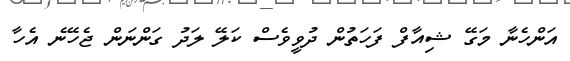
އަންހެނާ މަގޭ ޝިއާފް ފަހަތުން ދުވީވެސް ކަލޭ ލަދު ގަންނަން ޖެހޭނެ އެހާ